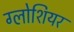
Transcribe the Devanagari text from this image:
ग्लोशियर